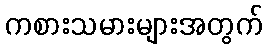
ကစားသမားများအတွက်